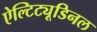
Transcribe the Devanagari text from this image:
ऐल्टिट्यूडिनल